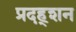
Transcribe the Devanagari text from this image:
प्रदह्शन